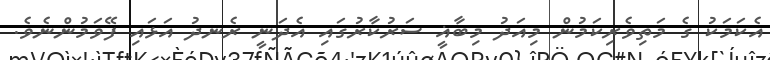
އެކަމަކު ގެ މަތިވެރިކަމުން މިއަދު މިބާޣީ ސަރުކާރުގައި އެދަނީ ރެނދު އަޅައި ފޭވަމުންނެވެ.